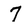
Character: 7